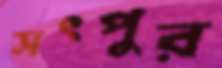
সৎপুর